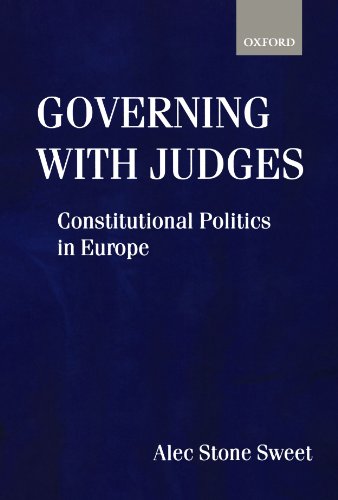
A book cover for Governing with Judges: Constitutional Politics in Europe; Alec Stone-Sweet; Law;